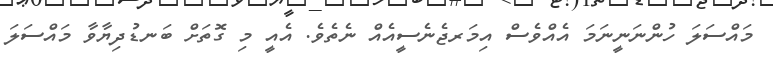
މައްސަލަ ހުންނަނީނަމަ އެއްވެސް އިމަރޖެނެސީއެއް ނެތެވެ. އެއީ މި ގޮތަށް ބަނޑުދިޔާވާ މައްސަލަ